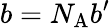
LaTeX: b=N_{\mathrm{A}}b^{\prime}